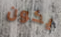
يكون